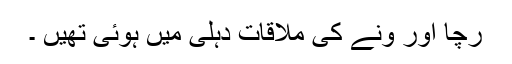
رچا اور ونے کی ملاقات دہلی میں ہوئی تھیں ۔